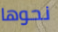
نحوها